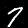
Label: 7